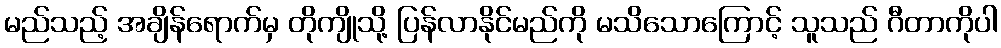
မည်သည့် အချိန်ရောက်မှ တိုကျိုသို့ ပြန်လာနိုင်မည်ကို မသိသောကြောင့် သူသည် ဂီတာကိုပါ